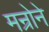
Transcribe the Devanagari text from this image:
मन्रोने